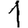
Digit: 1